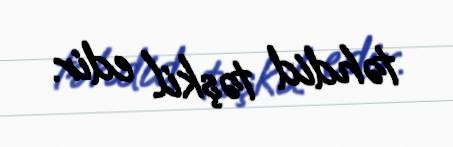
təhdid təşkil edir.